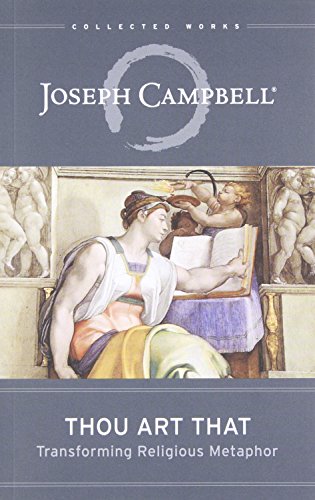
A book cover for Thou Art That: Transforming Religious Metaphor (The Collected Works of Joseph Campbell); Joseph Campbell; Christian Books & Bibles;